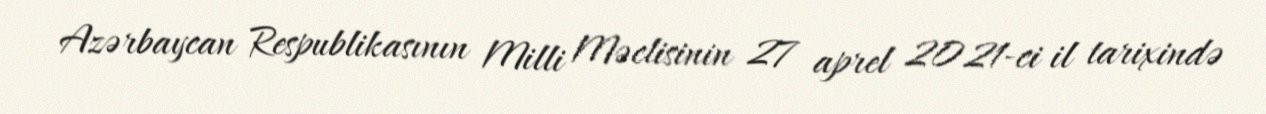
Azərbaycan Respublikasının Milli Məclisinin 27 aprel 2021-ci il tarixində